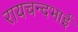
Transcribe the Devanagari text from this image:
रायचन्दभाई